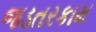
જડતરકામ